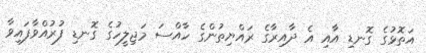
އަތޮޅުގެ ގޮނޑި އާއި އެ ދާއިރާގެ ރައްޔިތުންގެ ހާއްސަ މަޖިލީހުގެ ގޮނޑި ފުރުއްވާފައިވާ